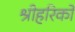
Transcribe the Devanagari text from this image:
श्रीहरिको